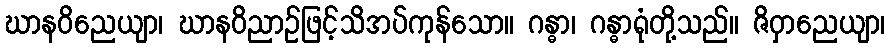
ဃာနဝိညေယျာ၊ ဃာနဝိညာဉ်ဖြင့်သိအပ်ကုန်သော။ ဂန္ဓာ၊ ဂန္ဓာရုံတို့သည်။ ဇိဝှာညေယျာ၊